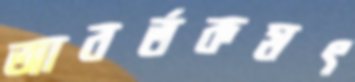
আবর্তকমৎ